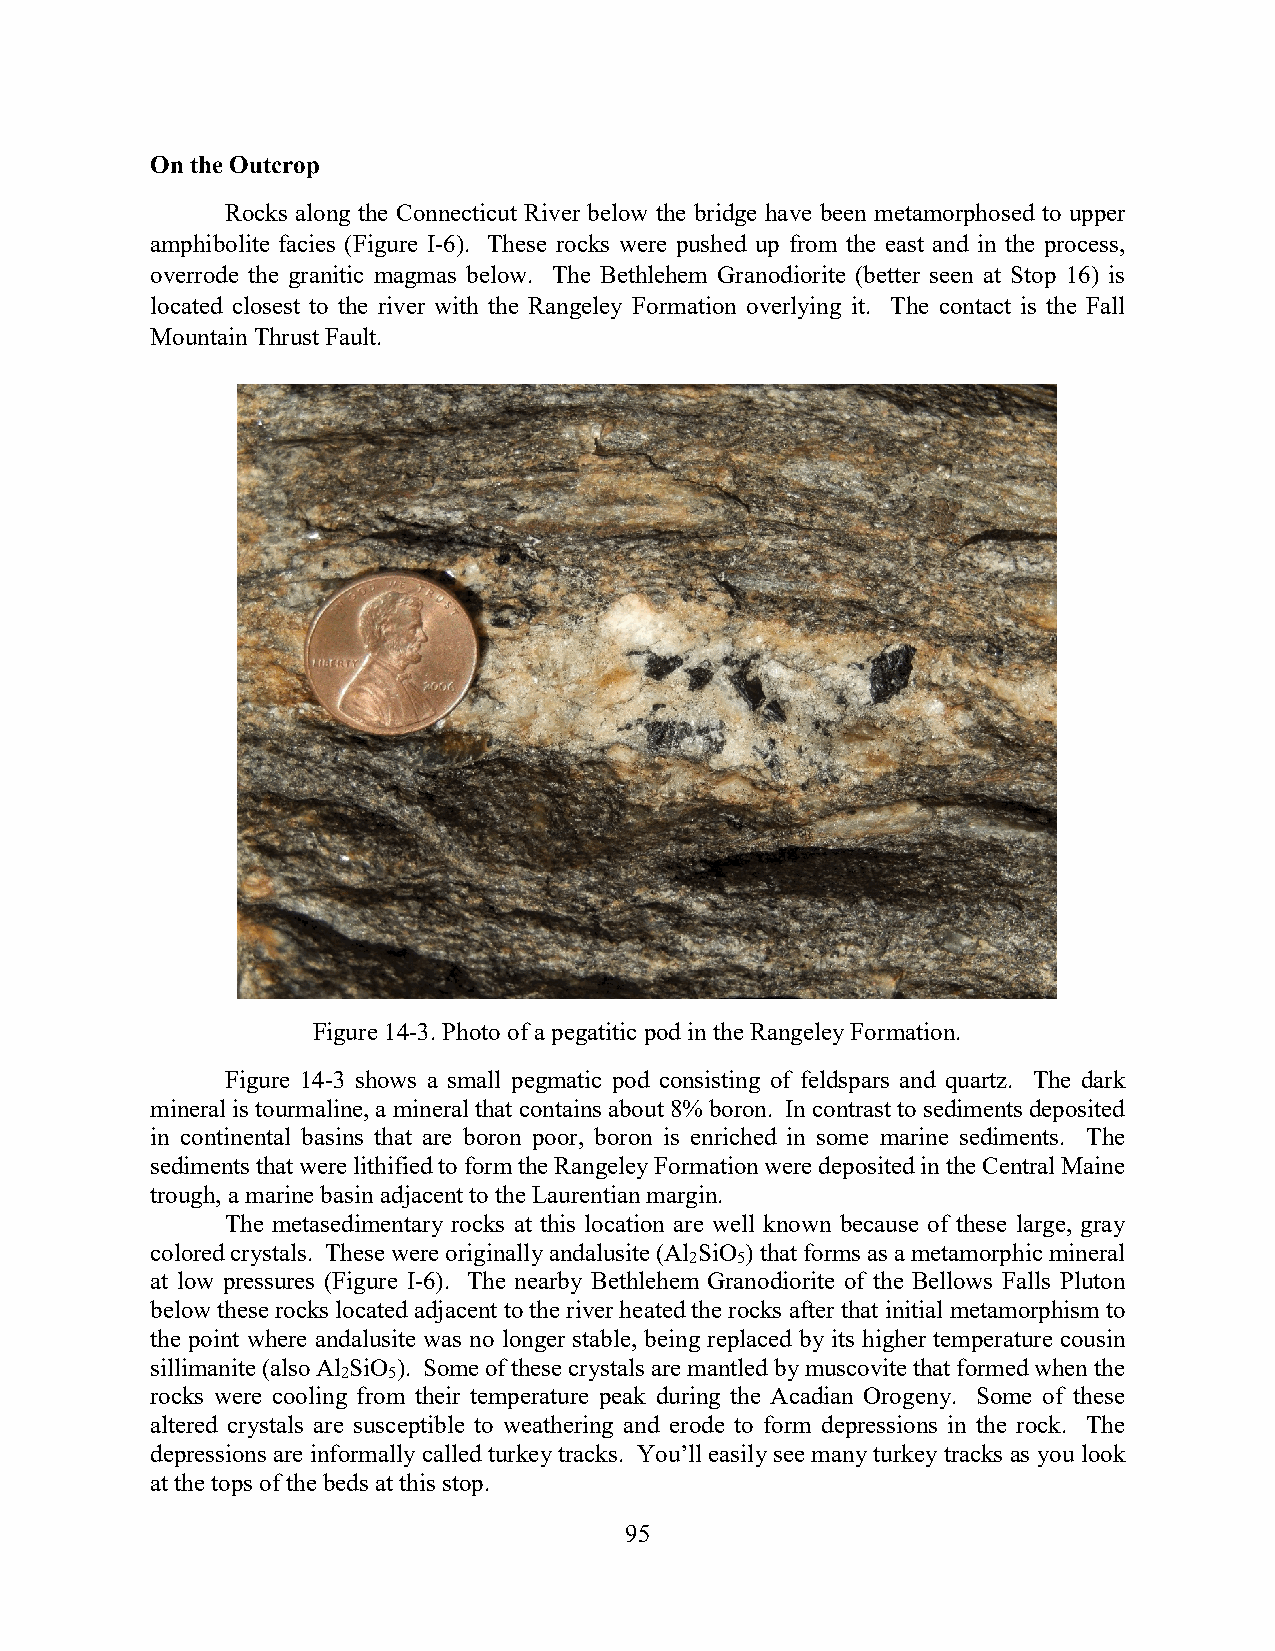
On the Outcrop
 Rocks along the Connecticut River below the bridge have been metamorphosed to upper
 amphibolite facies (Figure I-6). These rocks were pushed up from the east and in the process,
 overrode the granitic magmas below. The Bethlehem Granodiorite (better seen at Stop 16) is
 located closest to the river with the Rangeley Formation overlying it. The contact is the Fall
 Mountain Thrust Fault.
 Figure 14-3. Photo of a pegatitic pod in the Rangeley Formation.
 Figure 14-3 shows a small pegmatic pod consisting of feldspars and quartz. The dark
 mineral is tourmaline, a mineral that contains about 8% boron. In contrast to sediments deposited
 in continental basins that are boron poor, boron is enriched in some marine sediments. The
 sediments that were lithified to form the Rangeley Formation were deposited in the Central Maine
 trough, a marine basin adjacent to the Laurentian margin.
 The metasedimentary rocks at this location are well known because of these large, gray
 colored crystals. These were originally andalusite (Al SiO ) that forms as a metamorphic mineral
 2  5
 at low pressures (Figure I-6). The nearby Bethlehem Granodiorite of the Bellows Falls Pluton
 below these rocks located adjacent to the river heated the rocks after that initial metamorphism to
 the point where andalusite was no longer stable, being replaced by its higher temperature cousin
 sillimanite (also Al SiO ). Some of these crystals are mantled by muscovite that formed when the
 2  5
 rocks were cooling from their temperature peak during the Acadian Orogeny. Some of these
 altered crystals are susceptible to weathering and erode to form depressions in the rock. The
 depressions are informally called turkey tracks. You’ll easily see many turkey tracks as you look
 at the tops of the beds at this stop.
 95